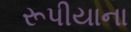
રૂપીયાના